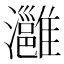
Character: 灉